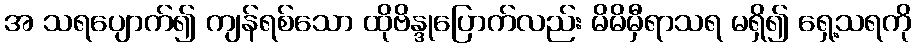
အ သရပျောက်၍ ကျန်ရစ်သော ထိုဗိန္ဒုပြောက်လည်း မိမိမှီရာသရ မရှိ၍ ရှေ့သရကို